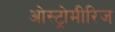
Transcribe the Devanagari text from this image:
ओस्ट्रोमीरिज